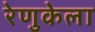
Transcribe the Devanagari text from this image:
रेणुकेला